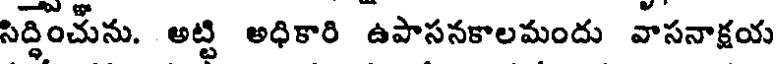
సిద్ధించును. అట్టి అధికారి ఉపాసనకాలమందు వాసనాక్షయ